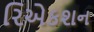
રિએકશન